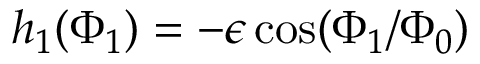
h _ { 1 } ( \Phi _ { 1 } ) = - \epsilon \cos ( \Phi _ { 1 } / \Phi _ { 0 } )